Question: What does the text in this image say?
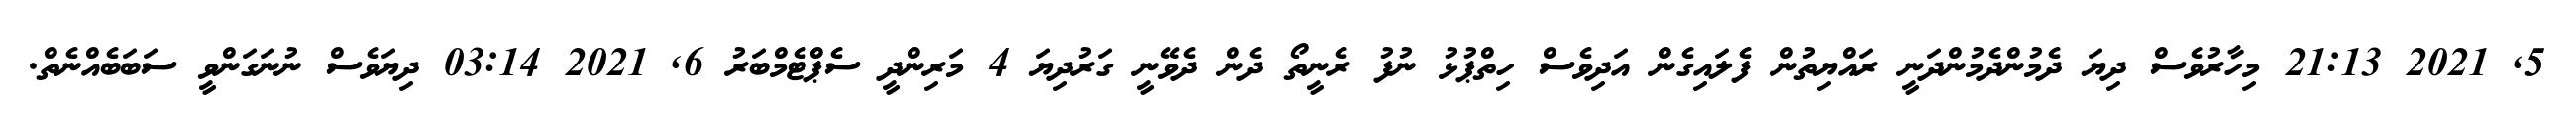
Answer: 5, 2021 21:13 މިހާރުވެސް ދިޔަ ދެމުންދެމުންދަނީ ރައްޔިތުން ފެލައިގެން އަދިވެސް ހިތްޕުޅު ނުފު ރެނީތޯ ދެން ދެވޭނީ ގަރުދިޔަ 4 މަރިންދީ ސެޕްޓެމްބަރު 6, 2021 03:14 ދިޔަވެސް ނުނަގަންވީ ސަބަބެއްނެތް.